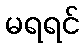
မရရင်